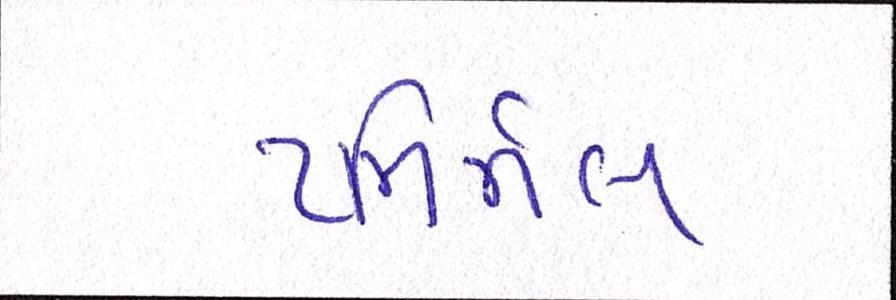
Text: ટમિર્નલ